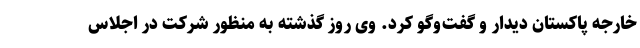
خارجه پاکستان دیدار و گفت‌وگو کرد. وی روز گذشته به منظور شرکت در اجلاس